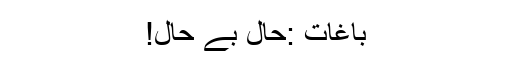
باغات :حال بے حال!